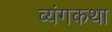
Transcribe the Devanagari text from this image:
व्यंगकथा